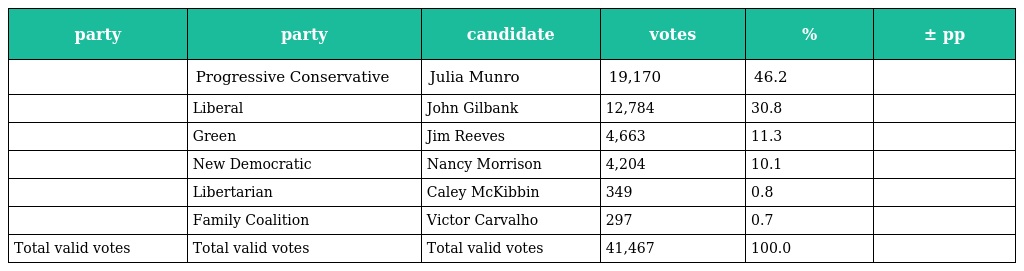
| party | party | candidate | votes | % | ± pp |
 | --- | --- | --- | --- | --- | --- |
 |  | Progressive Conservative | Julia Munro | 19,170 | 46.2 |  |
 |  | Liberal | John Gilbank | 12,784 | 30.8 |  |
 |  | Green | Jim Reeves | 4,663 | 11.3 |  |
 |  | New Democratic | Nancy Morrison | 4,204 | 10.1 |  |
 |  | Libertarian | Caley McKibbin | 349 | 0.8 |  |
 |  | Family Coalition | Victor Carvalho | 297 | 0.7 |  |
 | Total valid votes | Total valid votes | Total valid votes | 41,467 | 100.0 |  |